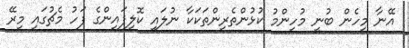
އޭނާ މިހެން ބުނީ މުހިންމު ކުޅުންތެރިންތަކަކާ ނުލައި ކޮލިފައިންގެ ފަހު މެޗުގައި މިރޭ